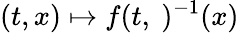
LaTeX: (t,x)\mapsto f(t,\ )^{-1}(x)